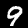
Label: 9